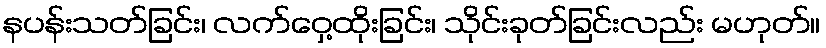
နပန်းသတ်ခြင်း၊ လက်ဝှေ့ထိုးခြင်း၊ သိုင်းခုတ်ခြင်းလည်း မဟုတ်။